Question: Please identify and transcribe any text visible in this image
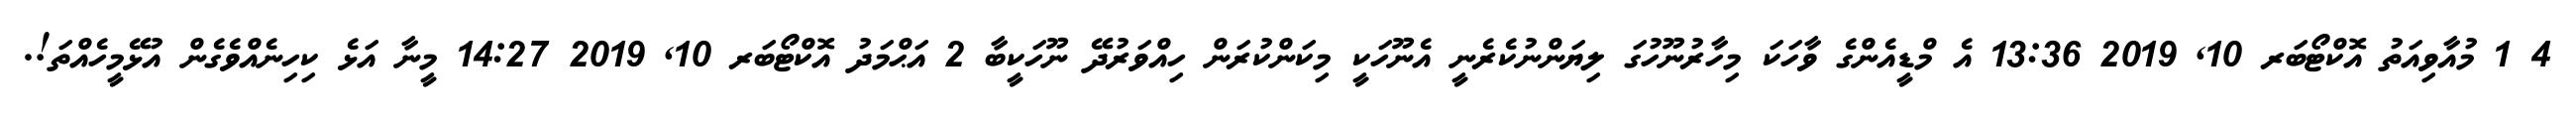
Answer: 4 1 މުއާވިއަތު އޮކްޓޯބަރ 10, 2019 13:36 އެ މްޑީއެންގެ ވާހަކަ މިހާރުނޫހުގަ ލިޔަންނުކެރެނީ އެނޫހަކީ މިކަންކުރަން ހިއްވަރުދޭ ނޫހަކީބާ 2 އަޙްމަދު އޮކްޓޯބަރ 10, 2019 14:27 މީނާ އަޅެ ކިހިނެއްވެގެން އުޅޭމީހެއްތަ!.